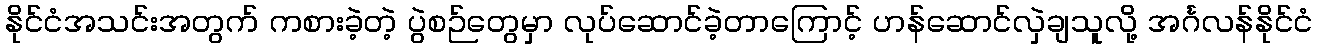
နိုင်ငံအသင်းအတွက် ကစားခဲ့တဲ့ ပွဲစဉ်တွေမှာ လုပ်ဆောင်ခဲ့တာကြောင့် ဟန်ဆောင်လှဲချသူလို့ အင်္ဂလန်နိုင်ငံ